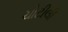
ચોટીલી